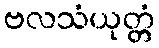
ဗလသံယုတ္တံ